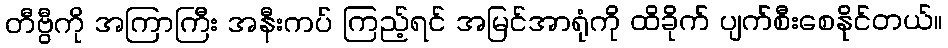
တီဗွီကို အကြာကြီး အနီးကပ် ကြည့်ရင် အမြင်အာရုံကို ထိခိုက် ပျက်စီးစေနိုင်တယ်။